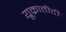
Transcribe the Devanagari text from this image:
यूक्रातीदी